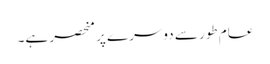
عام طور سے دوسرے پر منحصر ہے۔